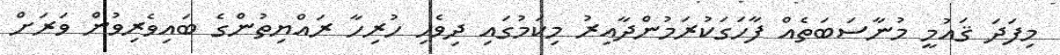
މިފަދަ ޤައުމީ މުނާސަބަތެއް ފާހަގަކުރަމުންދާއިރު މިކަމުގައި ދިވެހި ހުރިހާ ރައްޔިތުންގެ ބައިވެރިވުން ވަރަށް